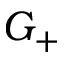
G _ { + }